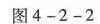
图4-2-2